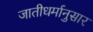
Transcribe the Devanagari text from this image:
जातीधर्मानुसार